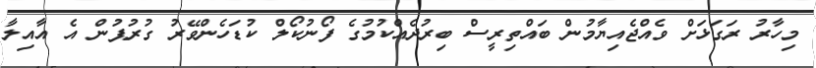
މިހާރު ރަގަޅަށް ވެއްޖެއިޔާމުން ބައްތިރީސް ބިރުދެއްކުމުގެ ފޯނުކޯލް ކުޑަހެންވޭރު ގުރުޕުން އެ އާއިލާ